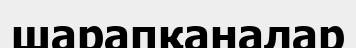
шарапқаналар